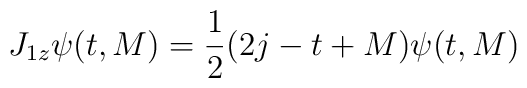
J_{1z}\psi (t,M)=\frac{1}{2}(2j-t+M)\psi (t,M)